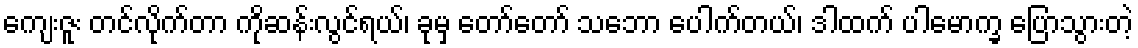
ကျေးဇူး တင်လိုက်တာ ကိုဆန်းလွင်ရယ်၊ ခုမှ တော်တော် သဘော ပေါက်တယ်၊ ဒါထက် ပါမောက္ခ ပြောသွားတဲ့